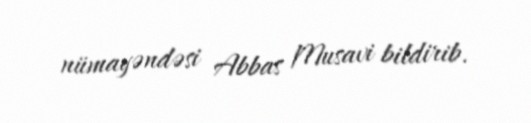
nümayəndəsi Abbas Musavi bildirib.